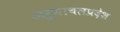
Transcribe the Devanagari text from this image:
अरुणाचलप्रदेश